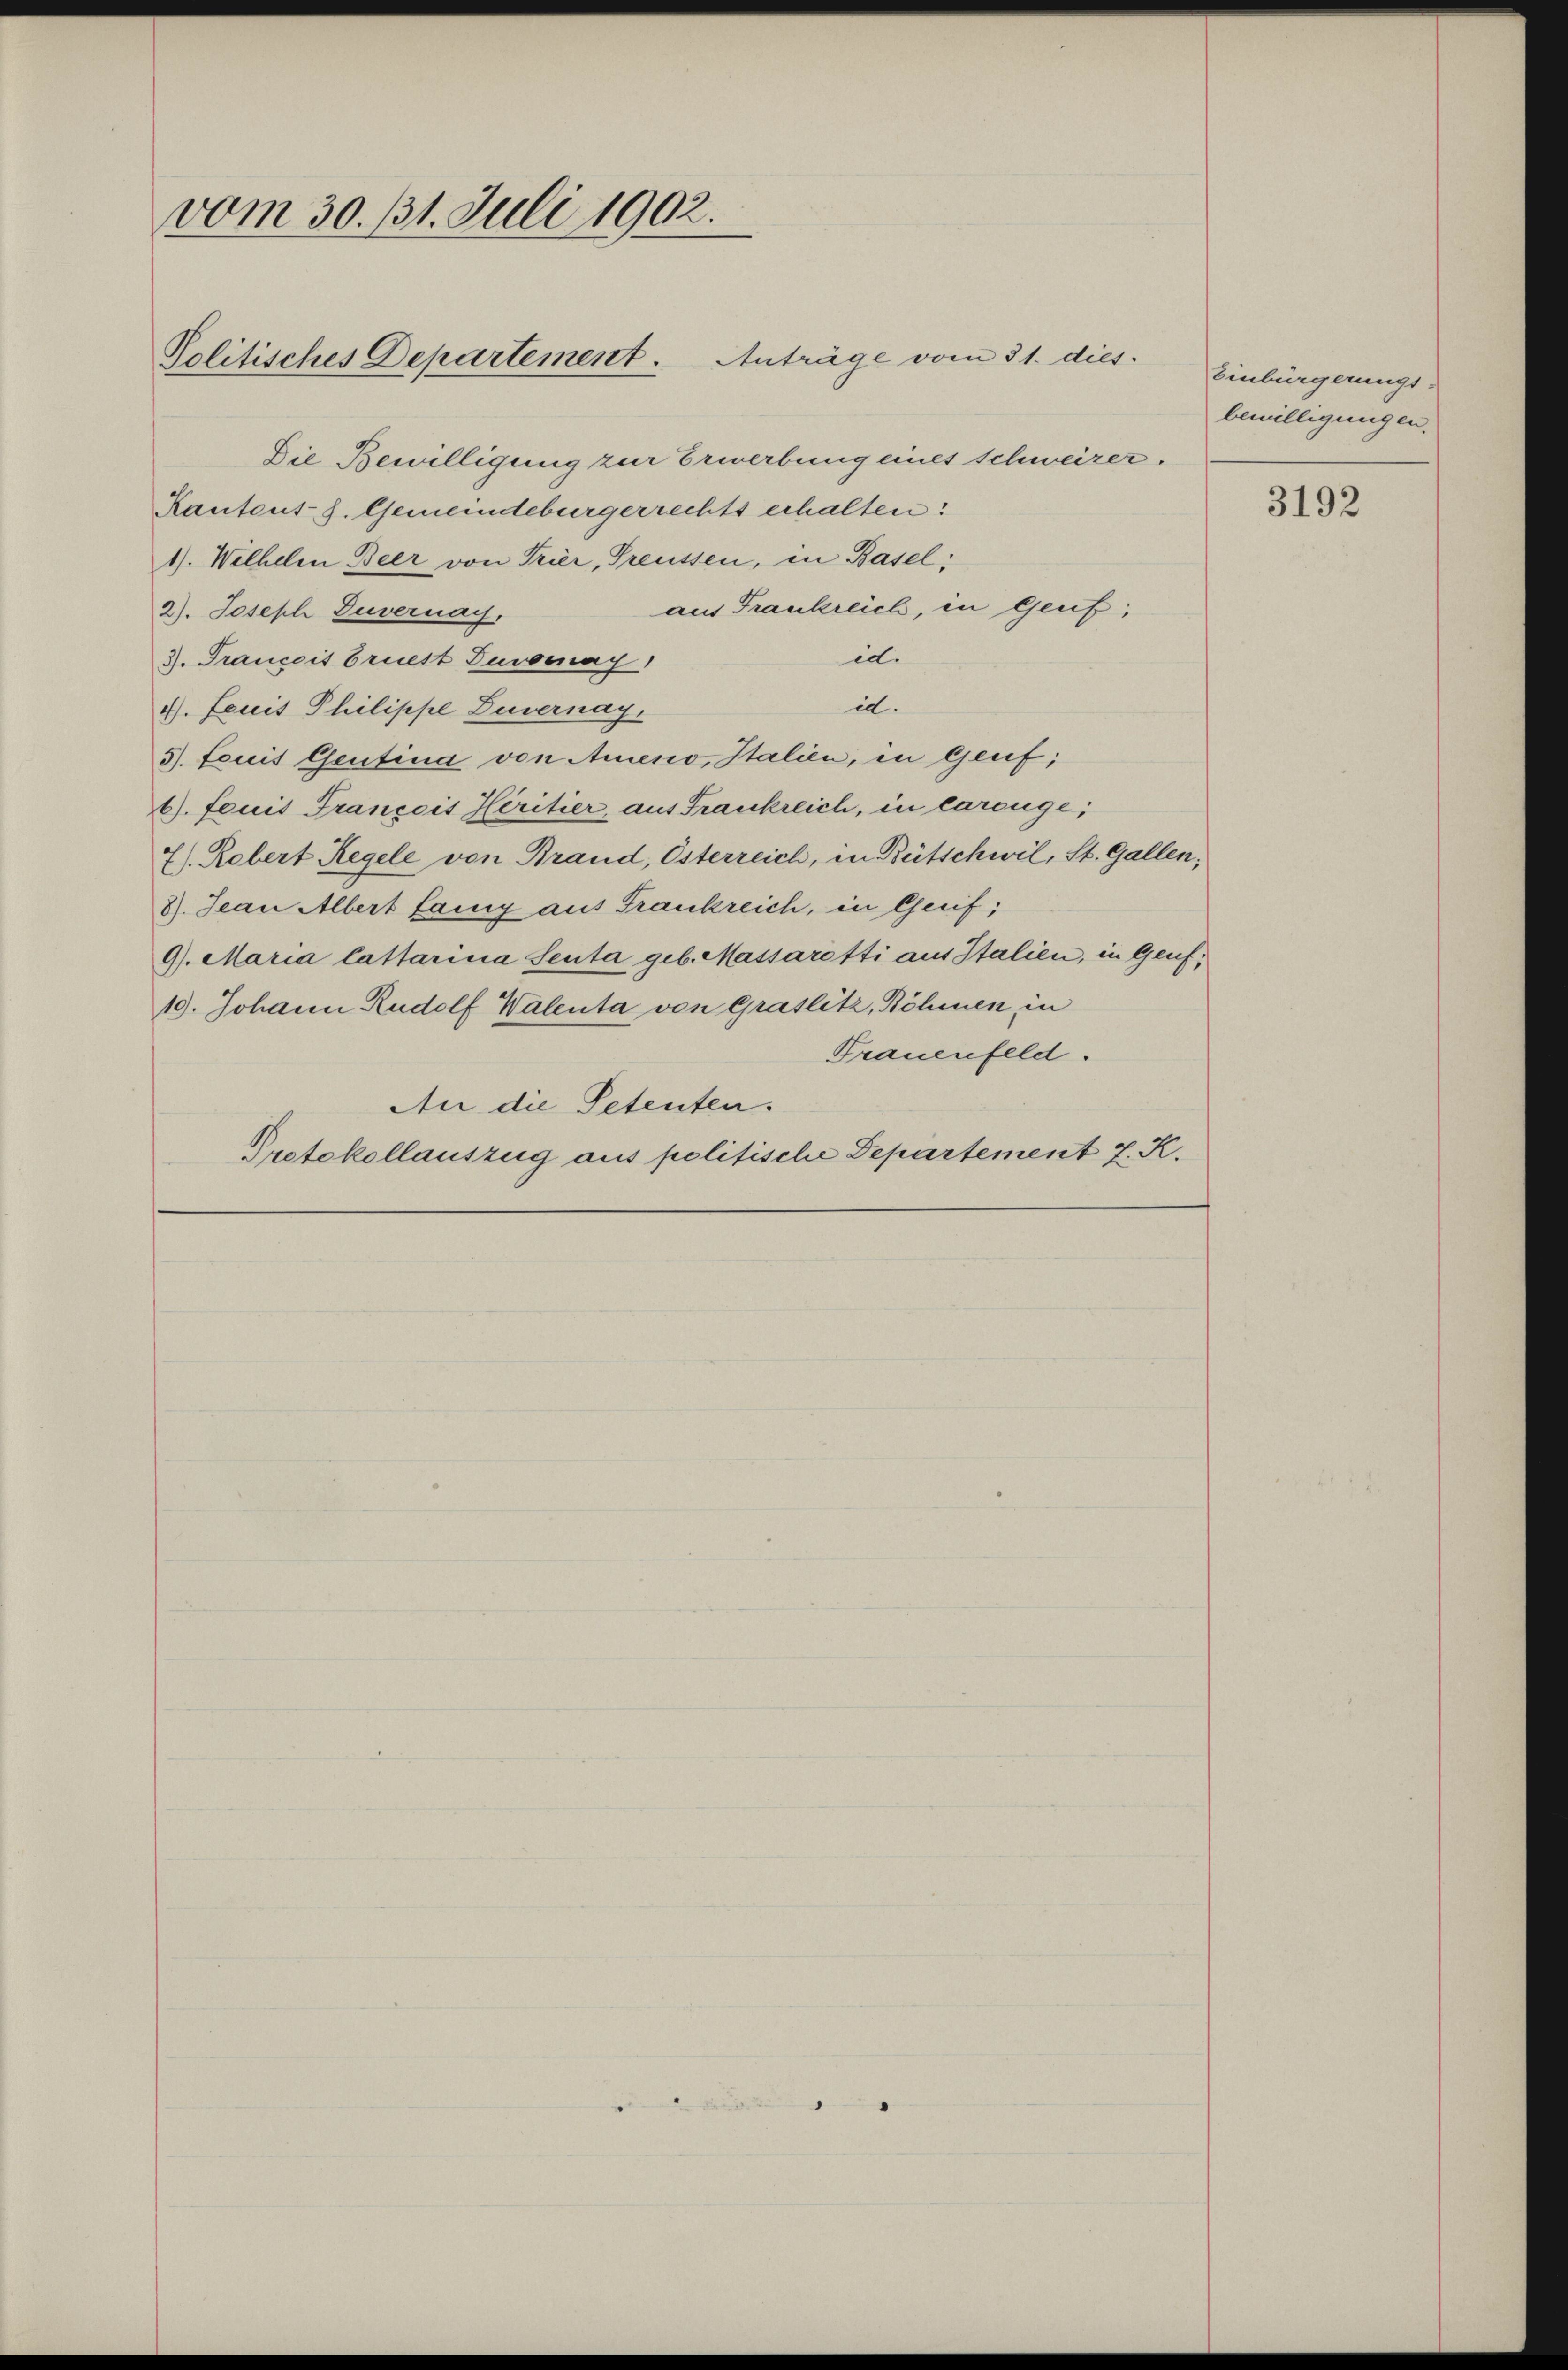
vom 30. 11. Juli 1902.

Politisches Departement. Anträge vom 31. dies.

Die Bewilligung zur Erwerbung eines schweizer.
Kantons-S. Gemeindebürgerrechts erhalten:
1). Wilhelm Beer von Trier, Preussen, in Basel:
aus Frankreich, in Genf;
2). Joseph Zuvernay,
id.
3). Francois bruest Ducomay
id.
4. Leuit Philippe Zuvernay.
5). Feuit Gentina von Ameno, Italien, in Genf;
6). Feuit Francois Heritier, aus Frankreich, in careüge;
7). Robert Regele von Brand, Esterreich, in Bütschwil, St. Gallen,
8). Jean Albert fang aus Frankreich, in Greif,
9). Maria Cattarina Seuta geb. Massaretti aus Italien, in Genf,
19. Johann Rudolf Walenta von Graslitz, Böhmen, in
Trauenfeld.
An die Petenten.
Protokollauszug aus politische Departement z. K.

Einbürgerungs-
bewilligungen.

3192